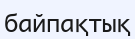
байпақтық